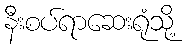
နီးစပ်ရာဆေးရုံသို့